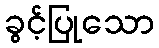
ခွင့်ပြုသော